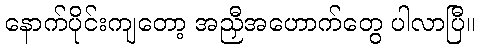
နောက်ပိုင်းကျတော့ အညှီအဟောက်တွေ ပါလာပြီ။